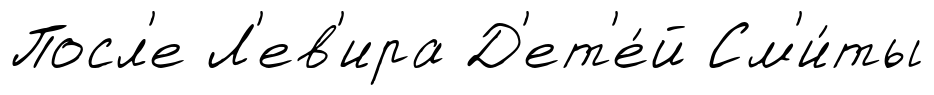
Посл'е Л'ев'ира Д'ет'е́й См'и́ты